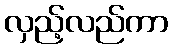
လှည့်လည်ကာ